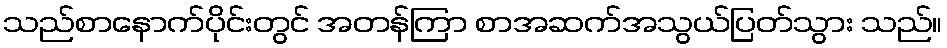
သည်စာနောက်ပိုင်းတွင် အတန်ကြာ စာအဆက်အသွယ်ပြတ်သွား သည်။